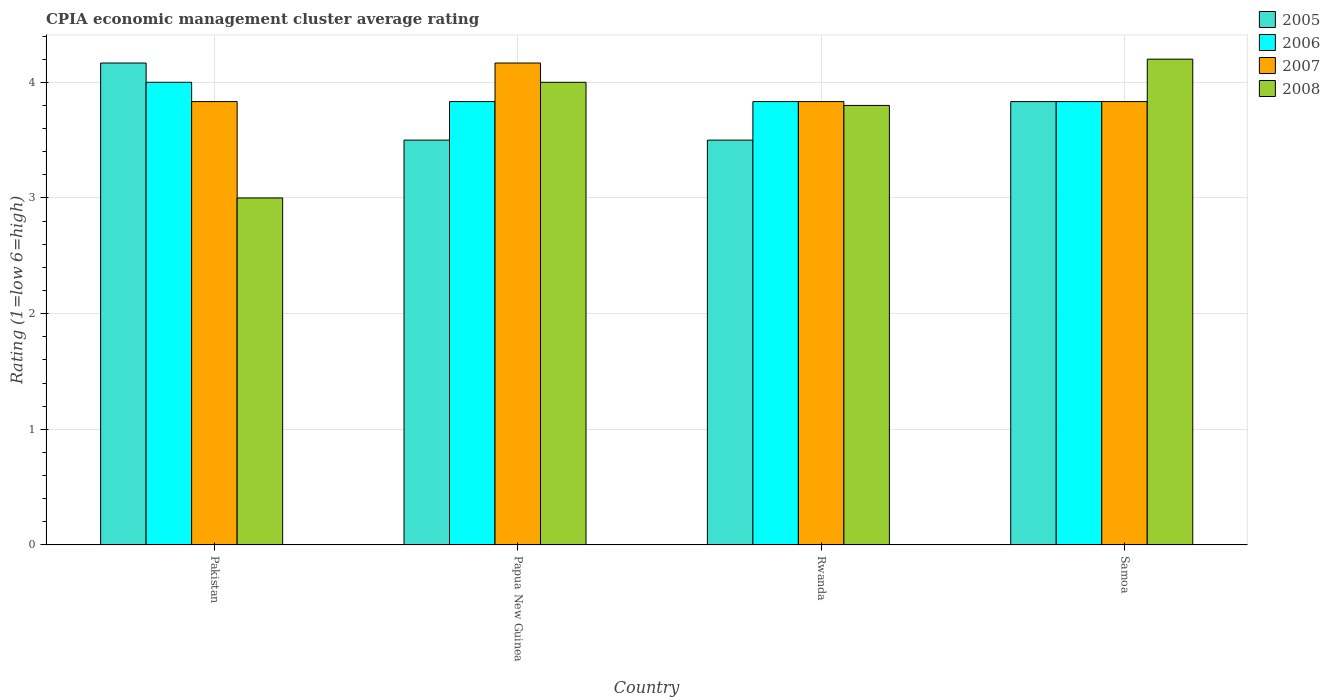
| Country | 2005 | 2006 | 2007 | 2008 |
 | --- | --- | --- | --- | --- |
 | Pakistan | 4.17 | 4 | 3.83 | 3 |
 | Papua New Guinea | 3.5 | 3.83 | 4.17 | 4 |
 | Rwanda | 3.5 | 3.83 | 3.83 | 3.8 |
 | Samoa | 3.83 | 3.83 | 3.83 | 4.2 |